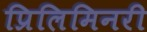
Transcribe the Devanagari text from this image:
प्रिलिमिनरी